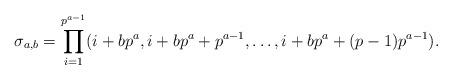
LaTeX: \begin{align*}\sigma_{a, b} = \prod_{i=1}^{p^{a-1}} (i + bp^{a}, i + bp^{a} + p^{a-1}, \dots, i + bp^{a} + (p-1) p^{a-1}).\end{align*}